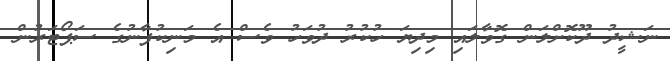
ނަޝީދު ދޫކޮށްލަން ގޮވާލައި މިދިޔަ ހުކުރު ދުވަހު ވެސް އެ މަނިކުފާނުގެ ސަޕޯޓަރުން